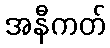
အနီကတ်